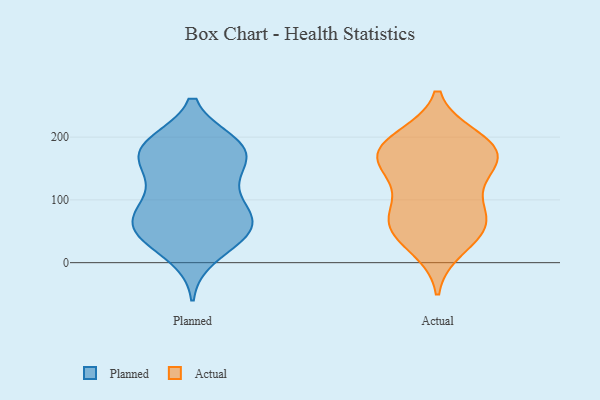
{"axis": {"x": "Operating Costs (USD K)", "y": "Value"}, "legend": ["Actual", "Planned"], "data": [{"x": "", "y": 188, "type": "Planned"}, {"x": "", "y": 190, "type": "Planned"}, {"x": "", "y": 40, "type": "Planned"}, {"x": "", "y": 65, "type": "Planned"}, {"x": "", "y": 186, "type": "Planned"}, {"x": "", "y": 174, "type": "Planned"}, {"x": "", "y": 103, "type": "Planned"}, {"x": "", "y": 182, "type": "Planned"}, {"x": "", "y": 67, "type": "Planned"}, {"x": "", "y": 47, "type": "Planned"}, {"x": "", "y": 143, "type": "Planned"}, {"x": "", "y": 182, "type": "Planned"}, {"x": "", "y": 90, "type": "Planned"}, {"x": "", "y": 84, "type": "Planned"}, {"x": "", "y": 11, "type": "Planned"}, {"x": "", "y": 156, "type": "Planned"}, {"x": "", "y": 56, "type": "Planned"}, {"x": "", "y": 35, "type": "Planned"}, {"x": "", "y": 64, "type": "Planned"}, {"x": "", "y": 138, "type": "Planned"}, {"x": "", "y": 54, "type": "Actual"}, {"x": "", "y": 163, "type": "Actual"}, {"x": "", "y": 131, "type": "Actual"}, {"x": "", "y": 71, "type": "Actual"}, {"x": "", "y": 178, "type": "Actual"}, {"x": "", "y": 175, "type": "Actual"}, {"x": "", "y": 197, "type": "Actual"}, {"x": "", "y": 178, "type": "Actual"}, {"x": "", "y": 143, "type": "Actual"}, {"x": "", "y": 69, "type": "Actual"}, {"x": "", "y": 83, "type": "Actual"}, {"x": "", "y": 25, "type": "Actual"}, {"x": "", "y": 189, "type": "Actual"}, {"x": "", "y": 50, "type": "Actual"}]}